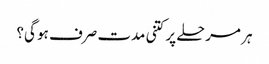
ہر مرحلے پر کتنی مدت صرف ہو گی؟